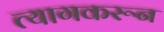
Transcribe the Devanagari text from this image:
त्यागकरून